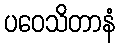
ပဝေသိတာနံ